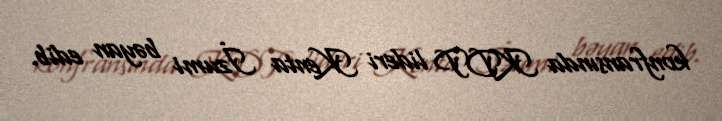
konfransında KDP lideri Kenta İzumi bəyan edib.